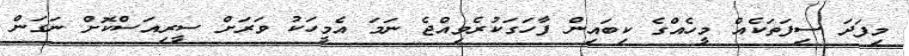
މިފަދަ ސިފަތަކެއް މީހެއްގެ ކިބައިން ފާހަގަކުރެވިއްޖެ ނަމަ އެމީހަކު ވަރަށް ސީރިއަސްކޮށް ނަގަން